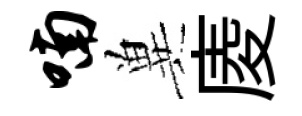
喃兾庱